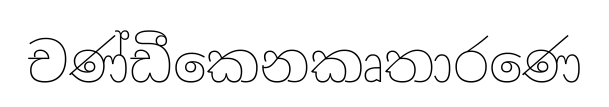
චණ්ඩීකෙනකෘතාරණෙ